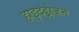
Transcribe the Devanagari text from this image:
हाइदड्रोजन